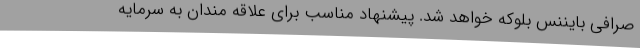
صرافی بایننس بلوکه خواهد شد. پیشنهاد مناسب برای علاقه مندان به سرمایه